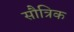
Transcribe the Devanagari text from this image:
सौत्रिक